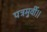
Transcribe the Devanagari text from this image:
पत्रमुर्वी।।